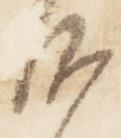
沙